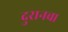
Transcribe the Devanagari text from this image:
दुरानचा